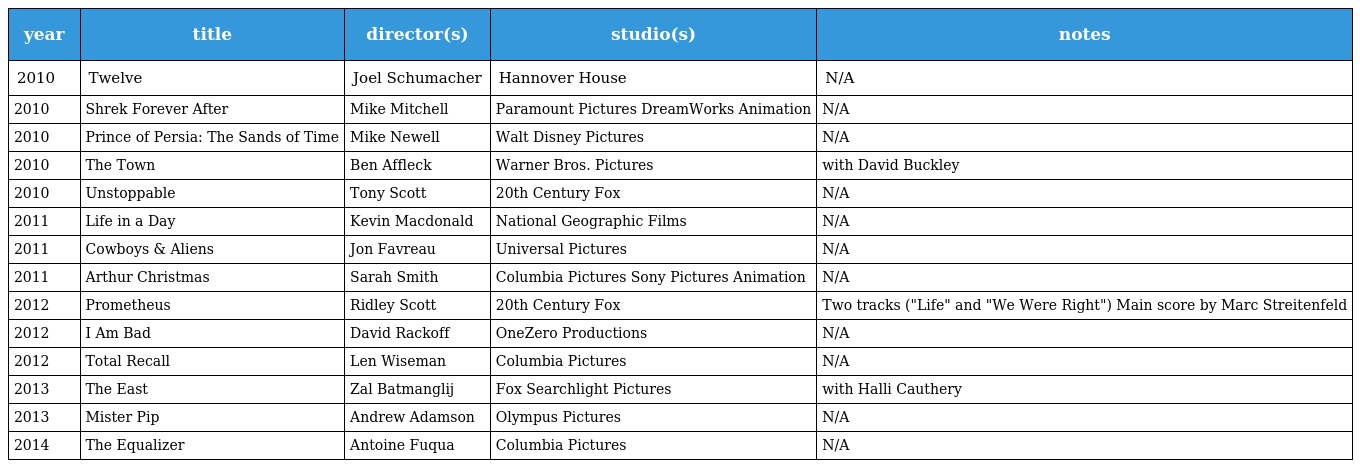
| year | title | director(s) | studio(s) | notes |
 | --- | --- | --- | --- | --- |
 | 2010 | Twelve | Joel Schumacher | Hannover House | N/A |
 | 2010 | Shrek Forever After | Mike Mitchell | Paramount Pictures DreamWorks Animation | N/A |
 | 2010 | Prince of Persia: The Sands of Time | Mike Newell | Walt Disney Pictures | N/A |
 | 2010 | The Town | Ben Affleck | Warner Bros. Pictures | with David Buckley |
 | 2010 | Unstoppable | Tony Scott | 20th Century Fox | N/A |
 | 2011 | Life in a Day | Kevin Macdonald | National Geographic Films | N/A |
 | 2011 | Cowboys & Aliens | Jon Favreau | Universal Pictures | N/A |
 | 2011 | Arthur Christmas | Sarah Smith | Columbia Pictures Sony Pictures Animation | N/A |
 | 2012 | Prometheus | Ridley Scott | 20th Century Fox | Two tracks ("Life" and "We Were Right") Main score by Marc Streitenfeld |
 | 2012 | I Am Bad | David Rackoff | OneZero Productions | N/A |
 | 2012 | Total Recall | Len Wiseman | Columbia Pictures | N/A |
 | 2013 | The East | Zal Batmanglij | Fox Searchlight Pictures | with Halli Cauthery |
 | 2013 | Mister Pip | Andrew Adamson | Olympus Pictures | N/A |
 | 2014 | The Equalizer | Antoine Fuqua | Columbia Pictures | N/A |